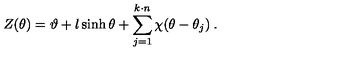
Z ( \theta ) = \vartheta + l \sinh \theta + \sum _ { j = 1 } ^ { k \cdot n } \chi ( \theta - \theta _ { j } ) \: .